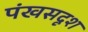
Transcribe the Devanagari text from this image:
पंखसदृश